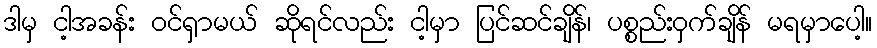
ဒါမှ ငါ့အခန်း ဝင်ရှာမယ် ဆိုရင်လည်း ငါ့မှာ ပြင်ဆင်ချိန်၊ ပစ္စည်းဝှက်ချိန် မရမှာပေါ့။